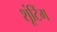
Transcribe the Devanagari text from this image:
शूंटिंग